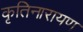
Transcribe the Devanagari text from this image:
कृतिनारायण